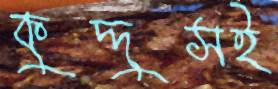
কুদ্দুসই